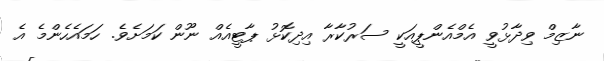
ނާޒިމް ވިދާޅުވީ އެމްއެންޕީއަކީ ސަރުކާރާ އިދިކޮޅު ޕާޓީއެއް ނޫން ކަމަށެވެ. ހަމައެހެންމެ އެ